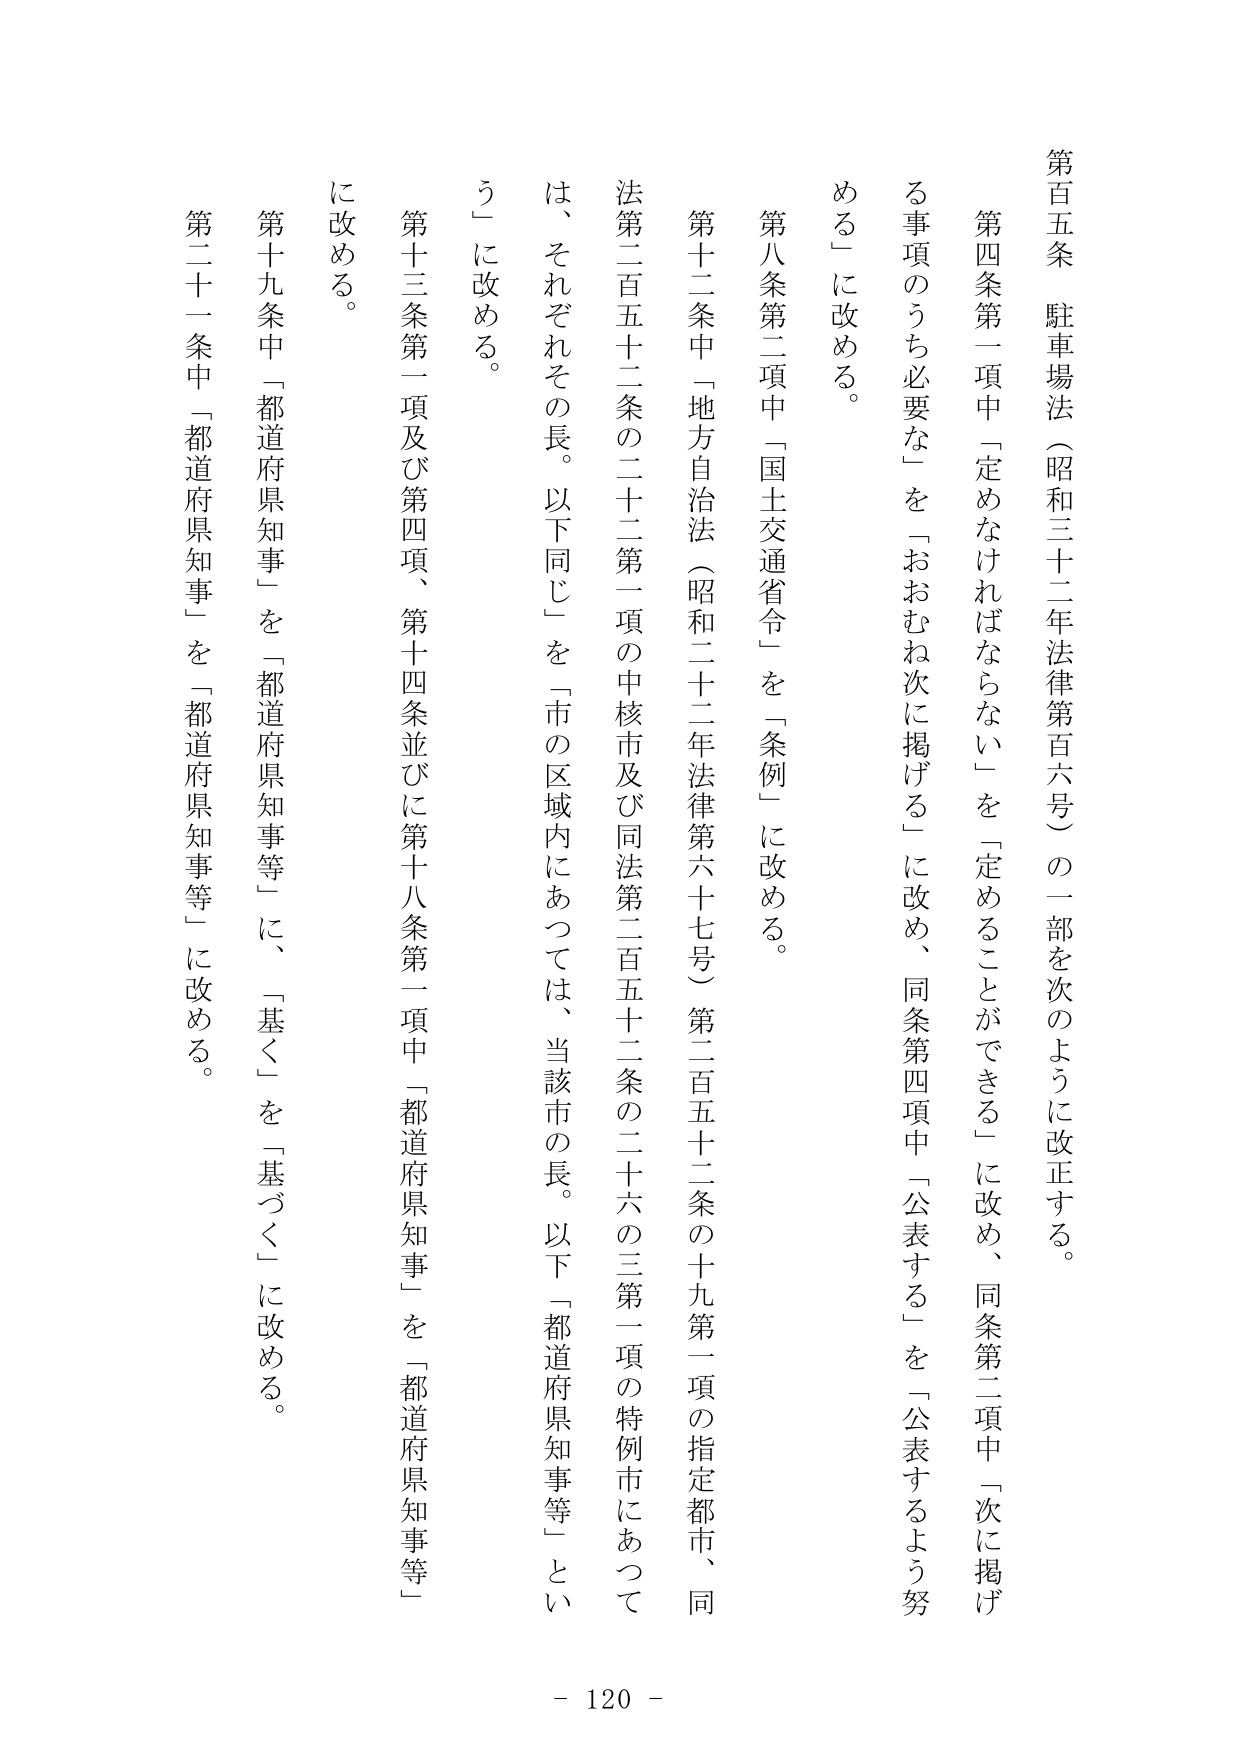
第百五条 駐車場法（昭和三十二年法律第百六号）の一部を次のように改正する。

第四条第一項中「定めなければならない」を「定めることができる」に改め、同条第二項中「次に掲げる事項のうち必要な」を「おおむね次に掲げる」に改め、同条第四項中「公表する」を「公表するよう努める」に改める。

第八条第二項中「国土交通省令」を「条例」に改める。

第十二条中「地方自治法（昭和二十二年法律第六十七号）第二百五十二条の十九第一項の指定都市、同法第二百五十二条の二十二第一項の中核市及び同法第二百五十二条の二十六の三第一項の特例市にあっては、それぞれその長。以下同じ」を「市の区域内にあっては、当該市の長。以下「都道府県知事等」という」に改める。

第十三条第一項及び第四項、第十四条並びに第十八条第一項中「都道府県知事」を「都道府県知事等」に改める。

第十九条中「都道府県知事」を「都道府県知事等」に、「基く」を「基づく」に改める。

第二十一条中「都道府県知事」を「都道府県知事等」に改める。

- 120 -